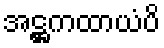
အဋ္ဌကထာယံပိ